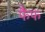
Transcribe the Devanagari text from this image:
फैफ